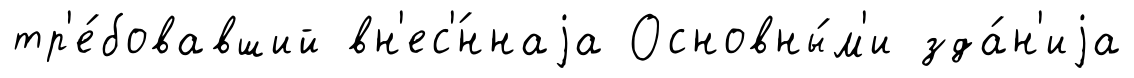
тр'е́бовавший вн'ес'́ннаjа Основны́м'и зда́н'иjа